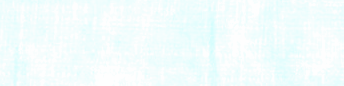
شارع الملك فهد